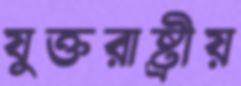
যুক্তরাষ্ট্রীয়